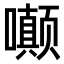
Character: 𫬟